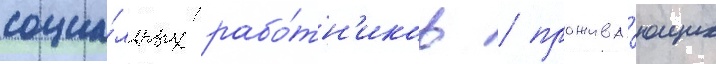
социа́льных рабо́тн'иков / прожива́ющих